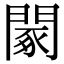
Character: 䦠